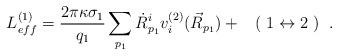
LaTeX: \begin{align*} L^{(1)}_{eff}=\frac{2\pi\kappa\sigma_{1}}{q_{1}}\sum_{p_{1}} \dot{R}^{i}_{p_{1}}v^{(2)}_{i}(\vec{R}_{p_{1}})+ \;\;\; (\;1\leftrightarrow 2\;) \;\;.\end{align*}